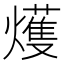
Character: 𤐰